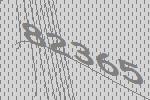
82365